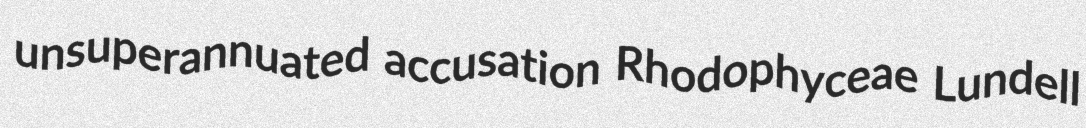
unsuperannuated accusation Rhodophyceae Lundell